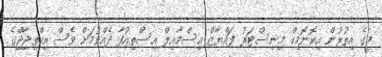
މީގެ އިތުރުން އިކޮނޮމިކް މިނިސްޓަރު ފައްޔާޒް އިސްމާއިލް އިސްތިއުފާ ދެއްވުމަށް ވެސް އިހްތިޖާޖްގެ